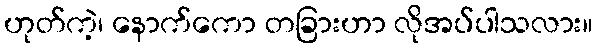
ဟုတ်ကဲ့၊ နောက်ကော တခြားဟာ လိုအပ်ပါသလား။